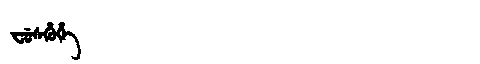
Manchu: ᠸᡠᠰᡥᡠᡥᡝ
Romanization: FUSHUHE